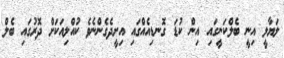
ލަޔާލީ އިނީ ބެލްކަނީގައި އިން ކުޑަ ގޮނޑިއެއްގައި އިށީދެގެންނެވެ ކުއްލިއަކަށް ދޮރުގައި ބެލް